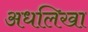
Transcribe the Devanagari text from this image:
अधलिखा